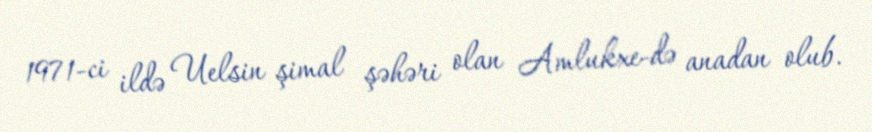
1971-ci ildə Uelsin şimal şəhəri olan Amlukxe-də anadan olub.